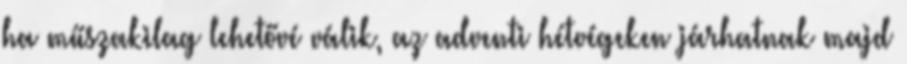
ha műszakilag lehetővé válik, az adventi hétvégeken járhatnak majd